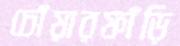
চোঁয়ারফাঁড়ি